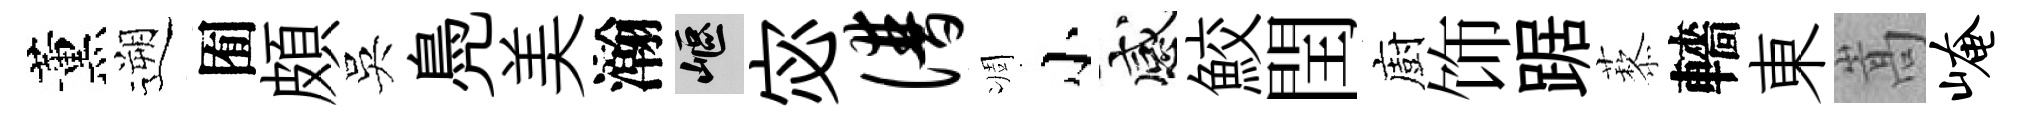
薰遡囿頗吳鳧美瀚嶇宓谱凋小感鮫閏廚饰踞藜轖東嵩崦